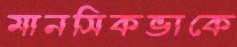
মানসিকভাকে